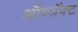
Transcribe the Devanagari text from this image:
ऑब्जॅक्ट